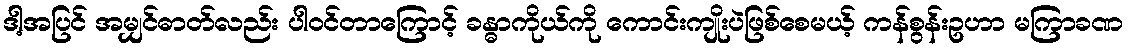
ဒါ့အပြင် အမျှင်ဓာတ်လည်း ပါဝင်တာကြောင့် ခန္ဓာကိုယ်ကို ကောင်းကျိုးပဲဖြစ်စေမယ့် ကန်စွန်းဥဟာ မကြာခဏ